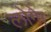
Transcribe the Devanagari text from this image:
लोगेा